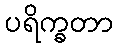
ပရိက္ခတာ